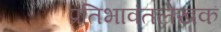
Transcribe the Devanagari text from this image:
प्रतिभावंतलेखक